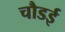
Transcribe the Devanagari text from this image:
चौडई